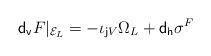
LaTeX: \begin{align*}{\sf d_v} F\vert_{{\cal E}_L}=-\iota_{{\sf j} V}\Omega_L+{\sf d_h}\sigma^F\end{align*}